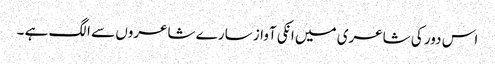
اس دور کی شاعری میں انکی آواز سارے شاعروں سے الگ ہے ۔